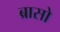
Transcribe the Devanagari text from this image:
ब्रासो